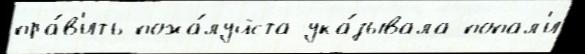
пра́в'ить пожа́луйста ука́зывала попал'и